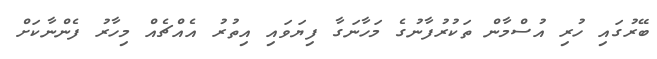
ބޭރުގައި ހުރި އުސްމާން ތަކުރުފާނުގެ މަހާނަގާ ފިޔަވައި އިތުރު އެއްޗެއް މިހާރު ފެންނާކަށް